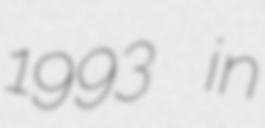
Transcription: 1993 in